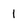
Character: l